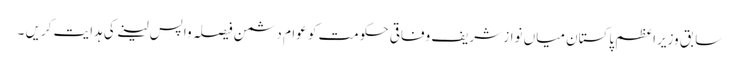
سابق وزیراعظم پاکستان میاں نواز شریف وفاقی حکومت کو عوام دشمن فیصلہ واپس لینے کی ہدایت کریں ۔